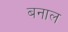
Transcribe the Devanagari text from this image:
बनाल